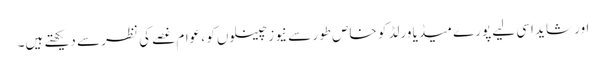
اور شاید اسی لیے پورے میڈیا ورلڈ کو خاص طور سے نیوز چینلوں کو ، عوام غصے کی نظر سے دیکھتے ہیں۔